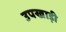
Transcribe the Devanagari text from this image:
उपखाड़ी